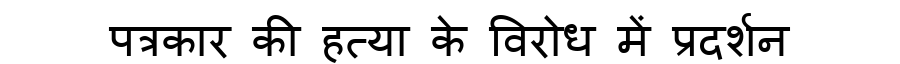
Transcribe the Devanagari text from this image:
पत्रकार की हत्या के विरोध में प्रदर्शन